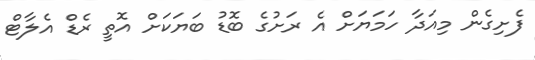
ފެށިގެން މިއަދާ ހަމަޔަށް އެ ރަށުގެ ބޮޑު ބަޔަކަށް އޮތީ ރެޑް އެލާޓް